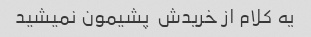
یه کلام از خریدش  پشیمون نمیشید